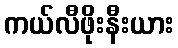
ကယ်လီဖိုးနီးယား